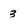
Character: 3